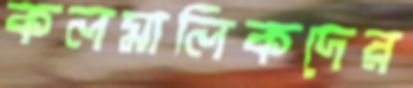
কলমালিকদের